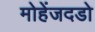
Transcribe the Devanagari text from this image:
मोहेंजदडो